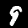
Label: 9